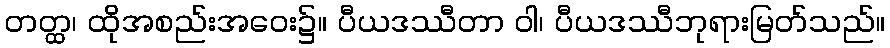
တတ္ထ၊ ထိုအစည်းအဝေး၌။ ပီယဒဿီတာ ဝါ၊ ပီယဒဿီဘုရားမြတ်သည်။